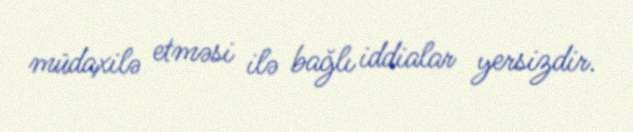
müdaxilə etməsi ilə bağlı iddialar yersizdir.